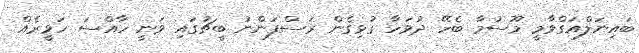
ބައިނަލްއަގްވާމީ މޫސުމާ ބެހޭ ދުވަހާ ގުޅިގެން ރަސްފަންނު ބީޗުގައި ވަނީ ހާއްސަ ހަވީރެއް